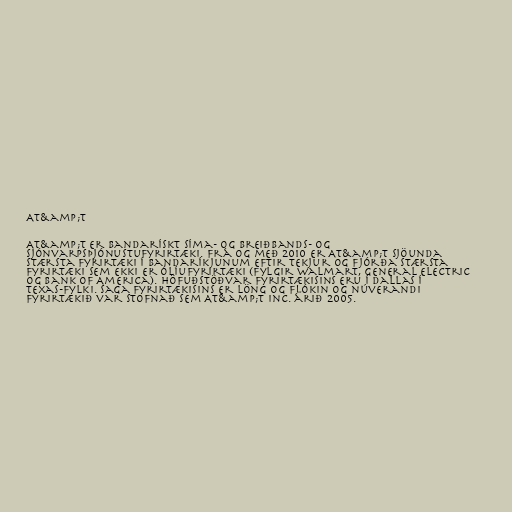
AT&amp;T

AT&amp;T er bandarískt síma- og breiðbands- og
sjónvarpsþjónustufyrirtæki. Frá og með 2010 er AT&amp;T sjöunda
stærsta fyrirtæki í Bandaríkjunum eftir tekjur og fjórða stærsta
fyrirtæki sem ekki er ólíufyrirtæki (fylgir Walmart, General Electric
og Bank of America). Höfuðstöðvar fyrirtækisins eru í Dallas í
Texas-fylki. Saga fyrirtækisins er löng og flókin og núverandi
fyrirtækið var stofnað sem AT&amp;T Inc. árið 2005.